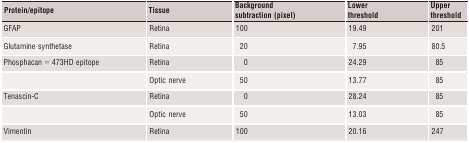
<table><thead><tr><td><b>Protein/epitope</b></td><td><b>Tissue</b></td><td><b>Background subtraction (pixel)</b></td><td><b>Lower threshold</b></td><td><b>Upper threshold</b></td></tr></thead><tbody><tr><td>GFAP</td><td>Retina</td><td>100</td><td>19.49</td><td>201</td></tr><tr><td>Glutamine synthetase</td><td>Retina</td><td>20</td><td>7.95</td><td>80.5</td></tr><tr><td>Phosphacan = 473HD epitope</td><td>Retina</td><td>0</td><td>24.29</td><td>85</td></tr><tr><td></td><td>Optic nerve</td><td>50</td><td>13.77</td><td>85</td></tr><tr><td>Tenascin‐C</td><td>Retina</td><td>0</td><td>28.24</td><td>85</td></tr><tr><td></td><td>Optic nerve</td><td>50</td><td>13.03</td><td>85</td></tr><tr><td>Vimentin</td><td>Retina</td><td>100</td><td>20.16</td><td>247</td></tr></tbody></table>